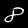
Label: 8